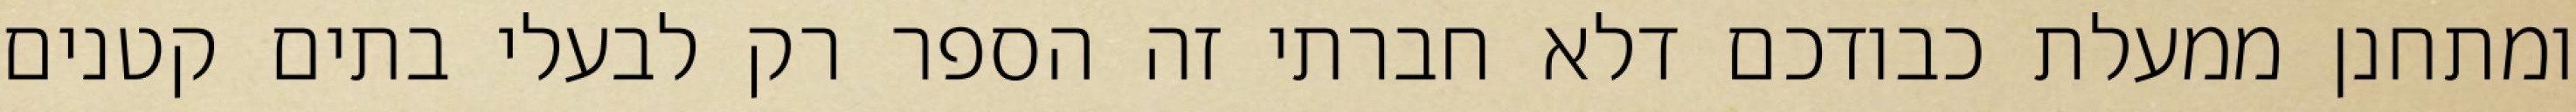
ומתחנן ממעלת כבודכם דלא חברתי זה הספר רק לבעלי בתים קטנים